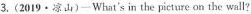
3. (2019 · 凉山) —What's in the picture cn the wall?